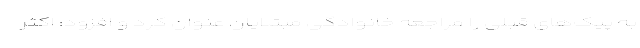
به پیک‌های قبلی را مراجعه خانوادگی مبتلایان عنوان کرد و افزود: اکثر